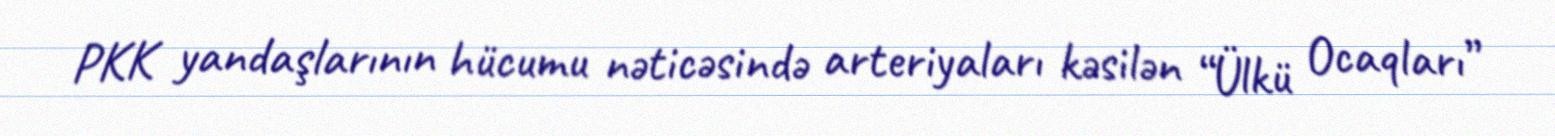
PKK yandaşlarının hücumu nəticəsində arteriyaları kəsilən “Ülkü Ocaqları”